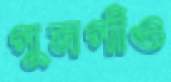
গুমগাঁও